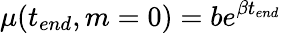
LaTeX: \mu(t_{end},m=0)=be^{\beta t_{end}}